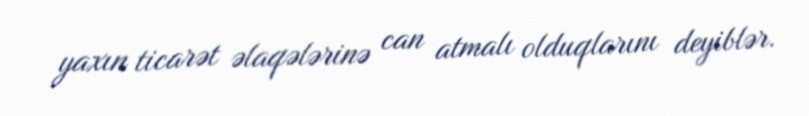
yaxın ticarət əlaqələrinə can atmalı olduqlarını deyiblər.